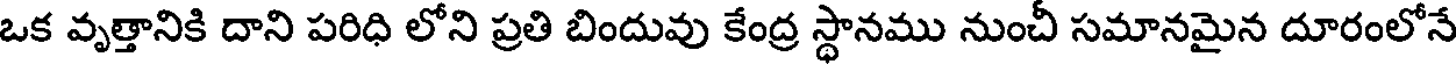
ఒక వృత్తానికి దాని పరిధి లోని ప్రతి బిందువు కేంద్ర స్థానము నుంచీ సమానమైన దూరంలోనే